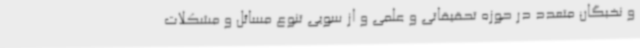
و نخبگان متعدد در حوزه تحقیقاتی و علمی و از سویی تنوع مسائل و مشکلات